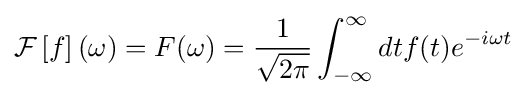
{\mathcal {F}}\left[f\right](\omega )=F(\omega )={\frac {1}{\sqrt {2\pi }}}\int _{-\infty }^{\infty }dtf(t)e^{-i\omega t}